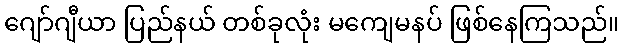
ဂျော်ဂျီယာ ပြည်နယ် တစ်ခုလုံး မကျေမနပ် ဖြစ်နေကြသည်။